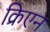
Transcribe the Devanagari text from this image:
क्रिएन